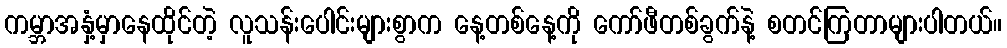
ကမ္ဘာအနှံ့မှာနေထိုင်တဲ့ လူသန်းပေါင်းများစွာက နေ့တစ်နေ့ကို ကော်ဖီတစ်ခွက်နဲ့ စတင်ကြတာများပါတယ်။